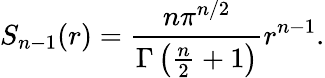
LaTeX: S_{n-1}(r)={\frac{n\pi^{n/2}}{\Gamma\left({\frac{n}{2}}+1\right)}}r^{n-1}.